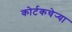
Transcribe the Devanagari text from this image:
कोर्टकचेर्‍या